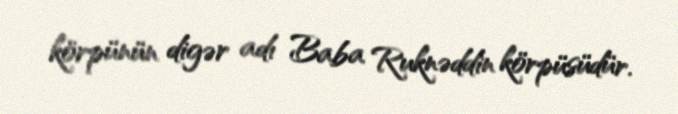
körpünün digər adı Baba Ruknəddin körpüsüdür.